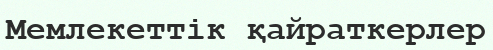
Мемлекеттік қайраткерлер